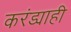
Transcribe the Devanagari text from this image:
करंड्याही